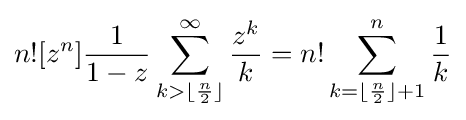
n![z^{n}]{\frac {1}{1-z}}\sum _{k>\lfloor {\frac {n}{2}}\rfloor }^{\infty }{\frac {z^{k}}{k}}=n!\sum _{k=\lfloor {\frac {n}{2}}\rfloor +1}^{n}{\frac {1}{k}}